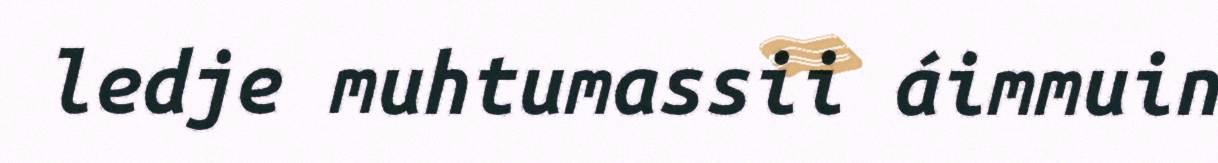
ledje muhtumassii áimmuin